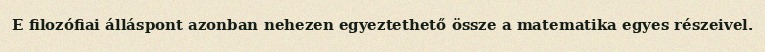
E filozófiai álláspont azonban nehezen egyeztethető össze a matematika egyes részeivel.